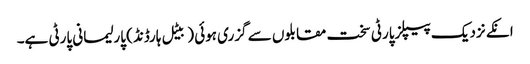
انکے نزدیک پیپلزپارٹی سخت مقابلوں سے گزری ہوئی (بیٹل ہارڈنڈ) پارلیمانی پارٹی ہے۔